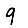
Digit: 9